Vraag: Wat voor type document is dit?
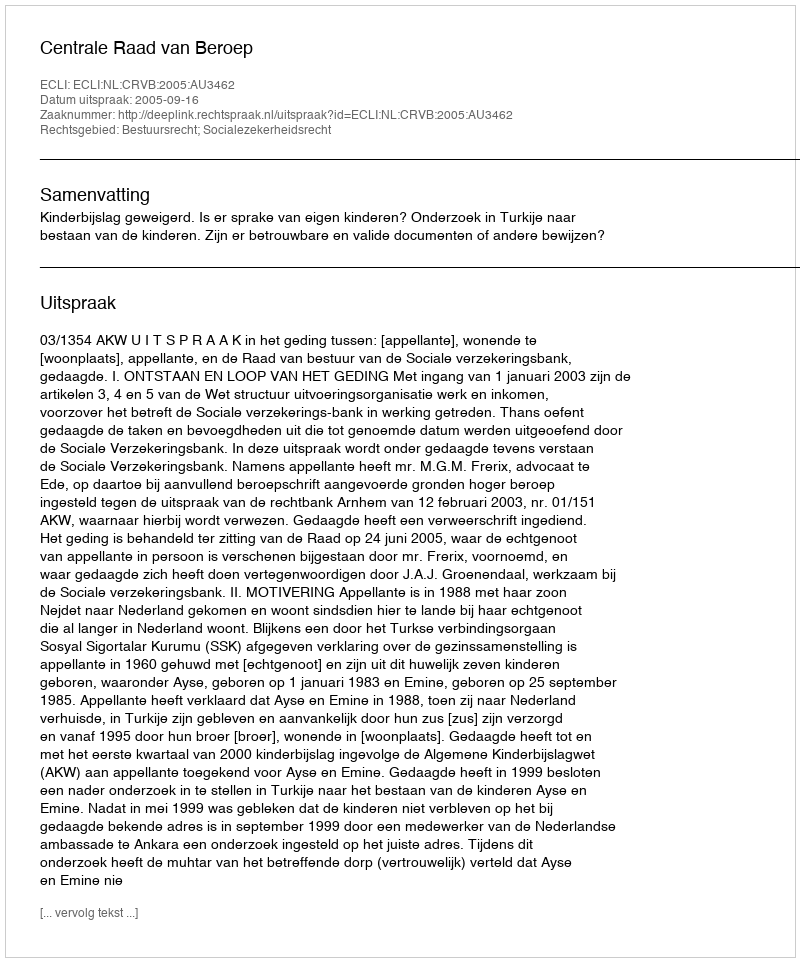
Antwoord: Uitspraak